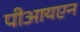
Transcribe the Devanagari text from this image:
पीआयएन